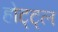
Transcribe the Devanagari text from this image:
होट्ट्ल